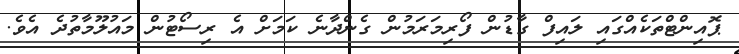
ޕޮއިންޓްތަކެއްގައި ލައިފް ގާޑުން ފޯރިމަރަމުން ގެންދާނެ ކަމަށް އެ ރިސޯޓުން މައުލޫމާތުދެ އެވެ.